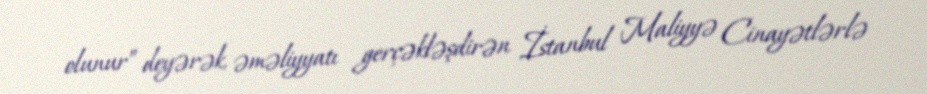
olunur” deyərək, əməliyyatı gerçəkləşdirən İstanbul Maliyyə Cinayətlərlə